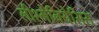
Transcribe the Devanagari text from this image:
लीश्मेनियेसिस